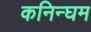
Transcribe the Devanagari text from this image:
कनिन्घम